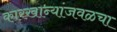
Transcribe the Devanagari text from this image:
कारखान्यांजवळचा